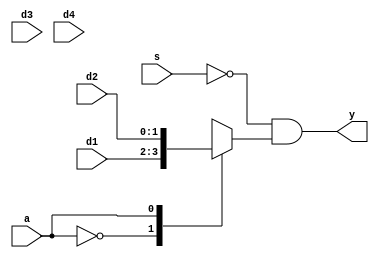
module ic74hc153(
    input [1:0] d1,d2,d3,d4,
    input a,s,
    output [1:0] y
);
    reg [1:0] m;

    always @(d1,d2,d3,d4,a) begin
        case(a)
            2'd0:       m=d1;
            2'd1:       m=d2;
            2'd2:       m=d3;
            default:    m=d4;
        endcase
    end

    assign  y=(~s)&m;
endmodule
//41
//a
//case